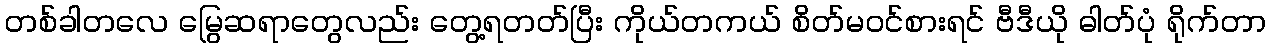
တစ်ခါတလေ မြွေဆရာတွေလည်း တွေ့ရတတ်ပြီး ကိုယ်တကယ် စိတ်မဝင်စားရင် ဗီဒီယို ဓါတ်ပုံ ရိုက်တာ